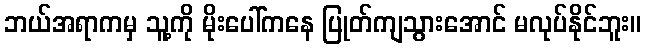
ဘယ်အရာကမှ သူ့ကို မိုးပေါ်ကနေ ပြုတ်ကျသွားအောင် မလုပ်နိုင်ဘူး။